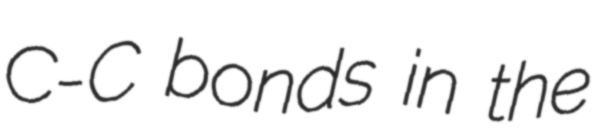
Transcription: C-C bonds in the